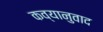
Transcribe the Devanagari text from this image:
कव्यानुवाद